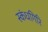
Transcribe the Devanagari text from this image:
स्‍कंधगिरि